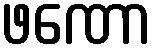
ဖဏော